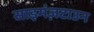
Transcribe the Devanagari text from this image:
साइमंज़टाउन